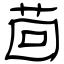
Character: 茴